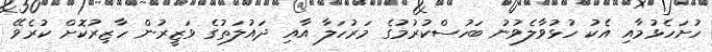
ހުށަހެޅުމާއި އެކު ހުޅުވާލެވުނު ބަހުސްކުރުމުގެ މަރުހަލާ އާއި ދައުލަތުގެ ވަޒީރުން ހާޒިރުކޮށް ކުރެވޭ